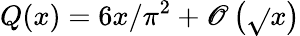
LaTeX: Q(x)=6x/\pi^{2}+\mathscr{O}\left({\sqrt{}{{x}}}\right)